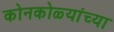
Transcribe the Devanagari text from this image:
कोनकोळ्यांच्या